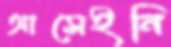
আসেইনি